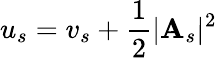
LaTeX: u_{s}=v_{s}+\frac 12\vert\mathbf{A}_{s}\vert^{2}